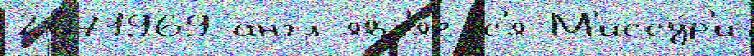
2071969 англ явл'я́етс'я М'иссу́р'и